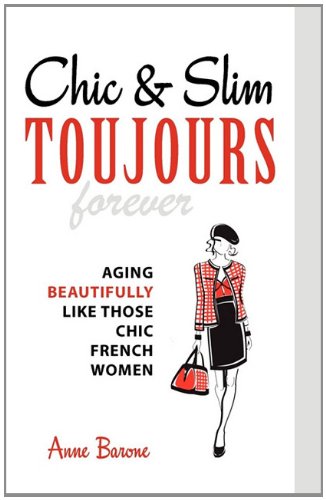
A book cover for Chic & Slim Toujours: Aging Beautifully Like Those Chic French Women; Anne Barone; Health, Fitness & Dieting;